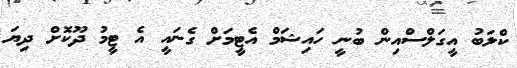
ކްލަބު އީގަލްސްއިން ބުނީ ހައިޝަމް އެޓީމަށް ގެނައީ އެ ޓީމު ދޫކޮށް ދިޔަ